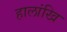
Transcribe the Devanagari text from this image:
हालांखि